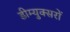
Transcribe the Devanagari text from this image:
डीम्युक्सरों